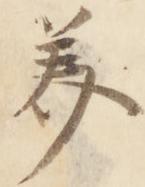
美